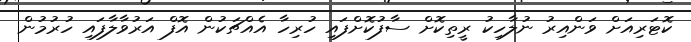
ކޮޓަރިއަށް ވަންއިރު ނުލާހިކު ރީތިކޮށް ސާފުކޮށްފައި ހުރިހާ އެއްޗަކުން އޮފް އަރުވާލާފައި ހުރުމުން